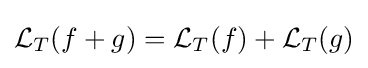
{\mathcal {L}}_{T}(f+g)={\mathcal {L}}_{T}(f)+{\mathcal {L}}_{T}(g)